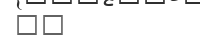
٨٩